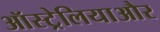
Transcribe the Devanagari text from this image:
ऑस्ट्रेलियाऔर